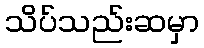
သိပ်သည်းဆမှာ